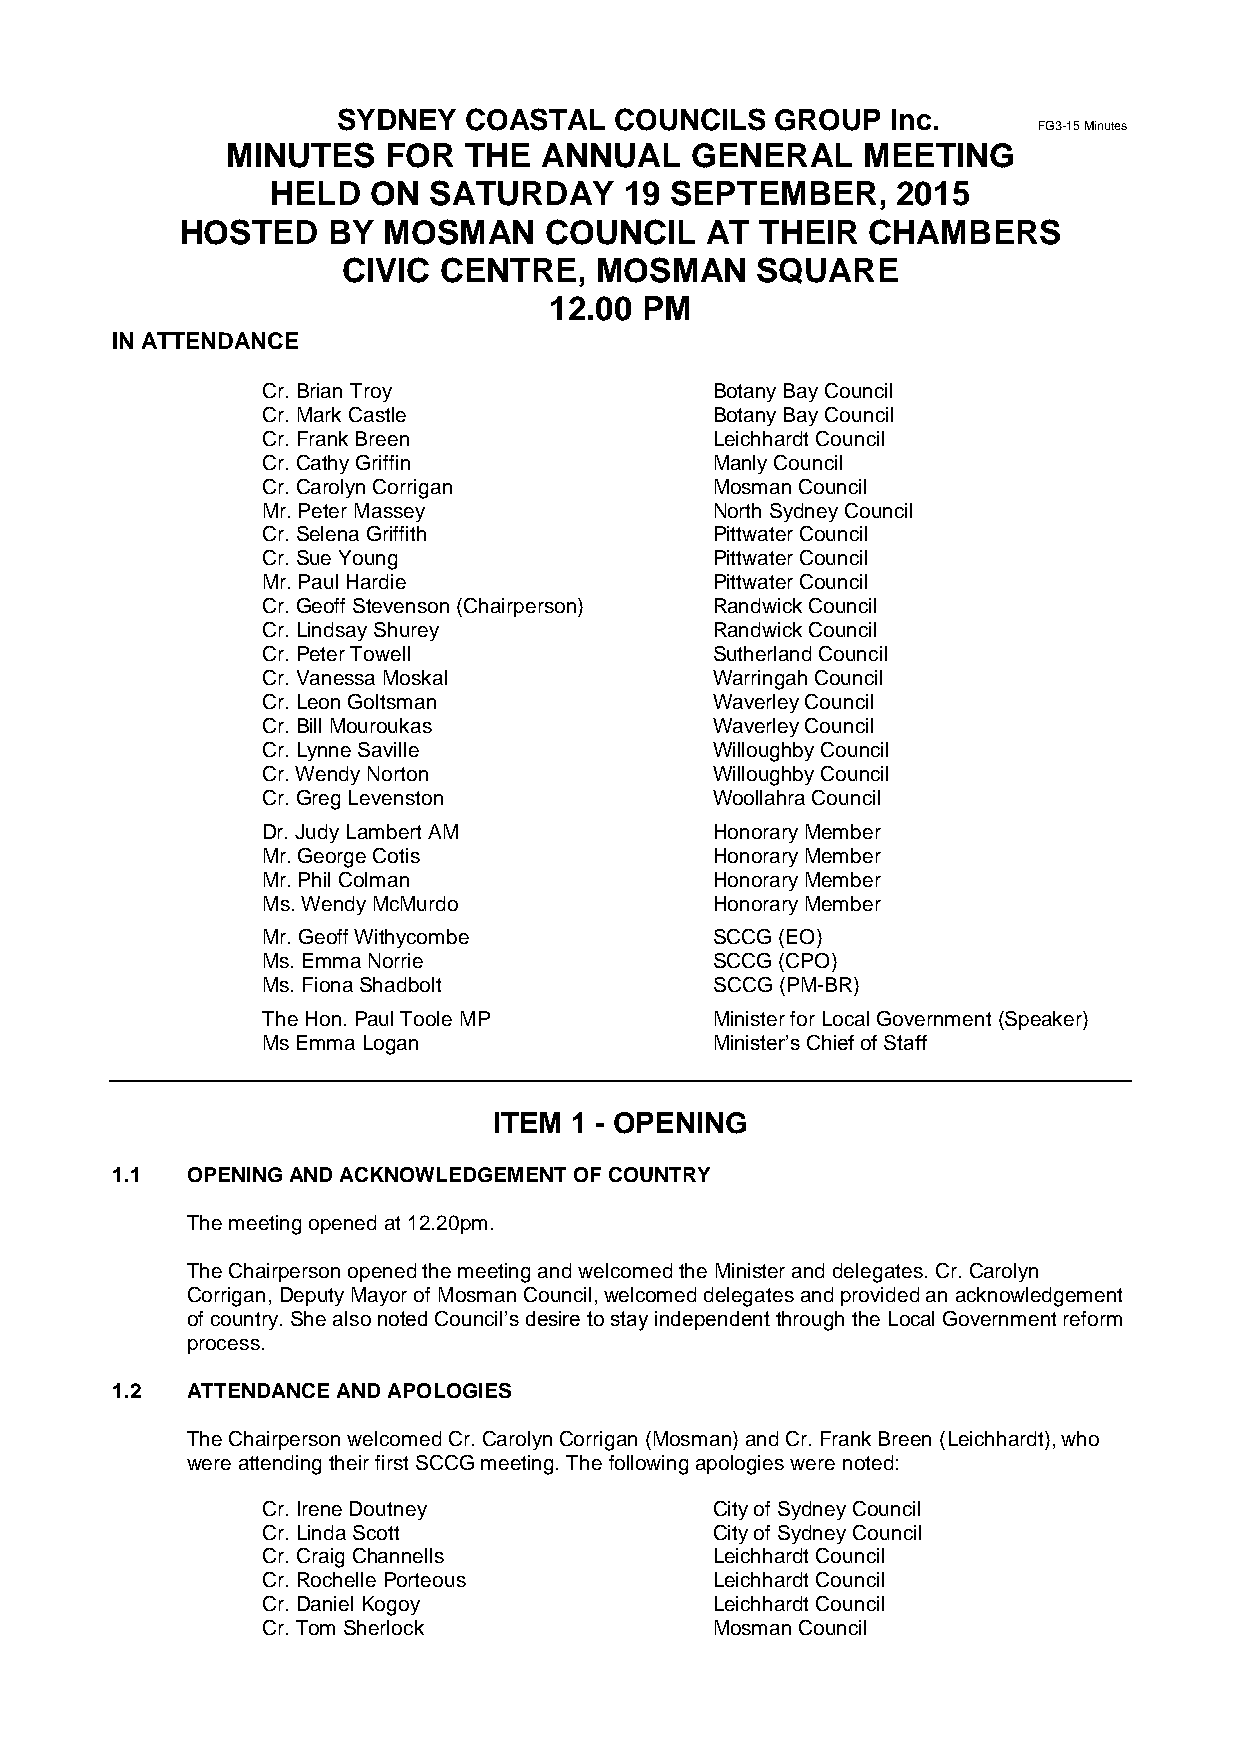
SYDNEY   COASTAL   COUNCILS  GROUP   Inc.
 FG3-15 Minutes
 MINUTES   FOR   THE  ANNUAL    GENERAL    MEETING
 HELD  ON  SATURDAY     19 SEPTEMBER,     2015
 HOSTED    BY MOSMAN     COUNCIL    AT THEIR  CHAMBERS
 CIVIC CENTRE,   MOSMAN     SQUARE
 12.00 PM
 IN ATTENDANCE
 Cr. Brian Troy                Botany Bay Council
 Cr. Mark Castle               Botany Bay Council
 Cr. Frank Breen               Leichhardt Council
 Cr. Cathy Griffin             Manly Council
 Cr. Carolyn Corrigan          Mosman Council
 Mr. Peter Massey              North Sydney Council
 Cr. Selena Griffith           Pittwater Council
 Cr. Sue Young                 Pittwater Council
 Mr. Paul Hardie               Pittwater Council
 Cr. Geoff Stevenson (Chairperson) Randwick Council
 Cr. Lindsay Shurey            Randwick Council
 Cr. Peter Towell              Sutherland Council
 Cr. Vanessa Moskal            Warringah Council
 Cr. Leon Goltsman             Waverley Council
 Cr. Bill Mouroukas            Waverley Council
 Cr. Lynne Saville             Willoughby Council
 Cr. Wendy Norton              Willoughby Council
 Cr. Greg Levenston            Woollahra Council
 Dr. Judy Lambert AM           Honorary Member
 Mr. George Cotis              Honorary Member
 Mr. Phil Colman               Honorary Member
 Ms. Wendy McMurdo             Honorary Member
 Mr. Geoff Withycombe          SCCG (EO)
 Ms. Emma Norrie               SCCG (CPO)
 Ms. Fiona Shadbolt            SCCG (PM-BR)
 The Hon. Paul Toole MP        Minister for Local Government (Speaker)
 Ms Emma Logan                 Minister’s Chief of Staff
 ITEM 1 - OPENING
 1.1  OPENING AND ACKNOWLEDGEMENT OF COUNTRY
 The meeting opened at 12.20pm.
 The Chairperson opened the meeting and welcomed the Minister and delegates. Cr. Carolyn
 Corrigan, Deputy Mayor of Mosman Council, welcomed delegates and provided an acknowledgement
 of country. She also noted Council’s desire to stay independent through the Local Government reform
 process.
 1.2  ATTENDANCE AND APOLOGIES
 The Chairperson welcomed Cr. Carolyn Corrigan (Mosman) and Cr. Frank Breen (Leichhardt), who
 were attending their first SCCG meeting. The following apologies were noted:
 Cr. Irene Doutney             City of Sydney Council
 Cr. Linda Scott               City of Sydney Council
 Cr. Craig Channells           Leichhardt Council
 Cr. Rochelle Porteous         Leichhardt Council
 Cr. Daniel Kogoy              Leichhardt Council
 Cr. Tom Sherlock              Mosman Council